Annual report on the mental hospital in the Central Provinces and Berar (Nagpur) - 1927-1951
Year: 1927
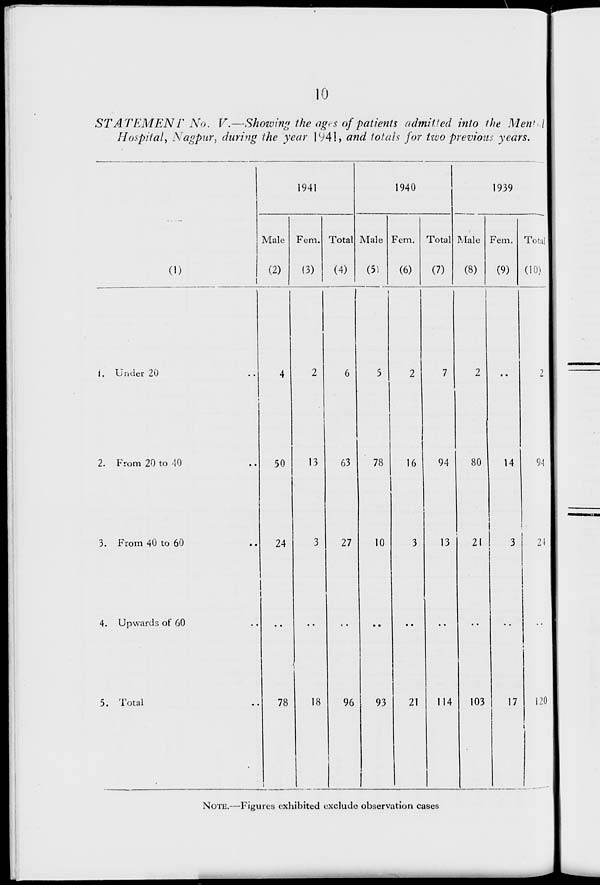
10
STATEMENT No. V.— Showing the ages of patients admitted into the Men'l
Hospital, Nagpur, during the year 1941, and totals for two previous years.
(1)
{. Under 20
2. From 20 to -10
3. From 40 to 60
4. Upwards of 60
5. Total
1941
Male
(2)
Fern.
(3)
Total
(4)
50
24
78
13
18
1940
Male
(51
63
27
96
Fern.
(6)
78
10
93
Total
(7)
16
21
1939
Male
(8)
94
13
114
Fern.
(9)
80
21
Total ai
(10)
14
94
21
103
17
I2(
NOTE.—Figures exhibited exclude observation cases